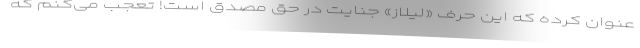
عنوان کرده که این حرف «لیلاز» جنایت در حق مصدق است! تعجب می‌کنم که